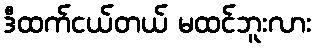
ဒီထက်ငယ်တယ် မထင်ဘူးလား